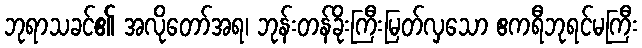
ဘုရာသခင်၏ အလိုတော်အရ၊ ဘုန်းတန်ခိုးကြီးမြတ်လှသော ဧကရီဘုရင်မကြီး